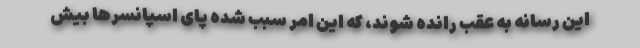
این رسانه به عقب رانده شوند، که این امر سبب شده پای اسپانسرها بیش